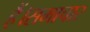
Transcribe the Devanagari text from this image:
हैं।समाचार